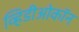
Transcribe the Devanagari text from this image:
व्हिडीओकॉन